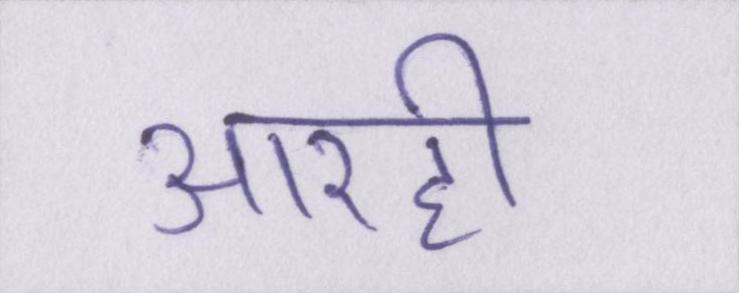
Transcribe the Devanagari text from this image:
आरही